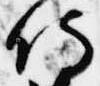
侍